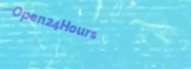
Open24Hours